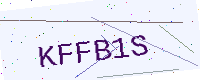
Text: KFFB1S